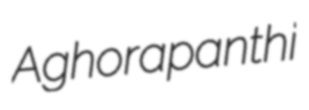
Aghorapanthi